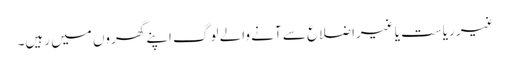
غیر ریاست یا غیراضلاع سے آنے والے لوگ اپنے گھروں میں رہیں۔